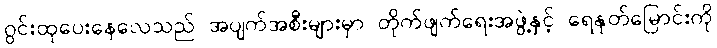
ဂွင်းထုပေးနေလေသည် အပျက်အစီးများမှာ တိုက်ဖျက်ရေးအဖွဲ့နှင့် ရေနုတ်မြောင်းကို